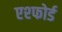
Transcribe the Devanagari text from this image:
एश्फोर्ड